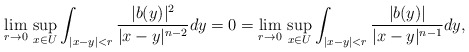
\begin{align*}\lim_{r\to 0}\,\sup_{x\in U}\int_{|x-y|<r}\frac{|b(y)|^2}{|x-y|^{n-2}}dy=0=\lim_{r\to 0}\,\sup_{x\in U}\int_{|x-y|<r}\frac{|b(y)|}{|x-y|^{n-1}}dy,\end{align*}